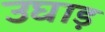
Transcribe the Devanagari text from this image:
उघाड़